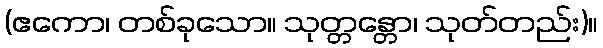
(ဧကော၊ တစ်ခုသော။ သုတ္တန္တော၊ သုတ်တည်း)။